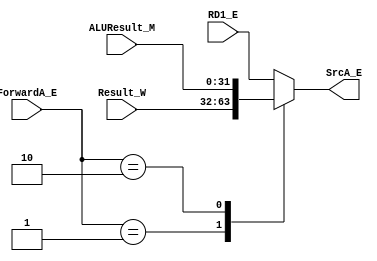
module Mux_SrcA_E (
    input [31:0] RD1_E,
    input [31:0] Result_W,
    input [31:0] ALUResult_M,
    input [1:0] ForwardA_E,
    output reg [31:0] SrcA_E
);
    always @(RD1_E or Result_W or ALUResult_M or ForwardA_E) begin
        case (ForwardA_E)
            2'b00: SrcA_E <= RD1_E;
            2'b01: SrcA_E <= Result_W;
            2'b10: SrcA_E <= ALUResult_M;
            default: SrcA_E <= RD1_E;
        endcase
    end
endmodule